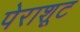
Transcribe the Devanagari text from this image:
पेराशूट